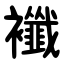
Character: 襳